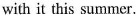
with it this summer.